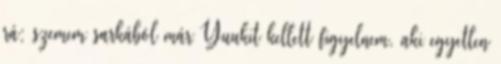
rá; szemem sarkából már Yuukit kellett figyelnem, aki egyetlen